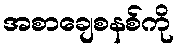
အစာချေစနစ်ကို